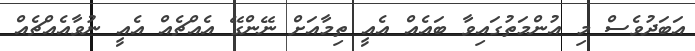
އަބަދުވެސް މި އުންމަތުގައިވާ ބައެއް އެއީ ތިމާއަށް ނޭންގޭ އެއްޗެއް އެއީ ނުވާއެއްޗެއް